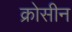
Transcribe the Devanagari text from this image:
क्रोसीन